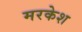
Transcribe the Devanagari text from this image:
मरकेश